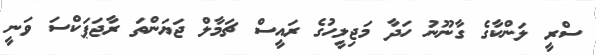
ސްރީ ލަންކާގެ ގާނޫނު ހަދާ މަޖިލީހުގެ ރައީސް ޗަމާލް ޖަޔަންތަ ރާޖަޕަކްސަ ވަނީ